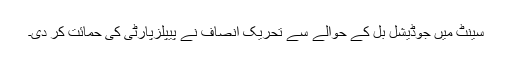
سینٹ میں جوڈیشل بل کے حوالے سے تحریک انصاف نے پیپلزپارٹی کی حمائت کر دی۔